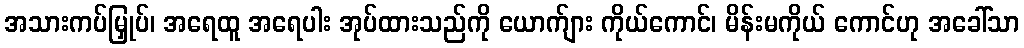
အသားကပ်မြှုပ်၊ အရေထူ အရေပါး အုပ်ထားသည်ကို ယောက်ျား ကိုယ်ကောင်၊ မိန်းမကိုယ် ကောင်ဟု အခေါ်သာ